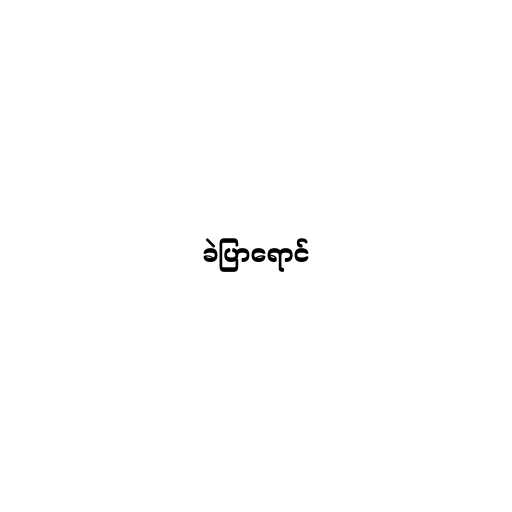
ခဲပြာရောင်